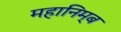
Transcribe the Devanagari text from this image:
महानिम्ब